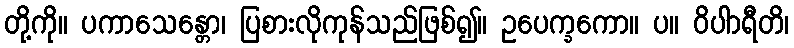
တို့ကို။ ပကာသေန္တော၊ ပြစားလိုကုန်သည်ဖြစ်၍။ ဥပေက္ခကော။ ပ။ ဝိပါာရီတိ၊